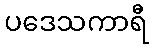
ပဒေသကာရီ